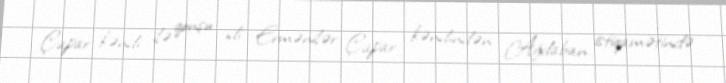
Çapar kəndi ilə qonşu idi. Ermənilər Çapar kəndindən Ağdaban istiqamətində